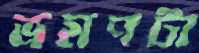
ভ্রমণটা